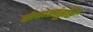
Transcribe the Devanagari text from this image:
सेवासंतुष्टि